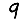
Digit: 9